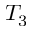
T _ { 3 }